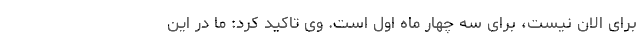
برای الان نیست، برای سه چهار ماه اول است. وی تاکید کرد: ما در این